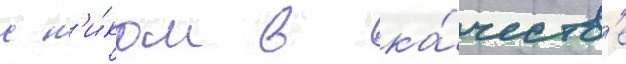
с н'и́ком в ка́честв'е